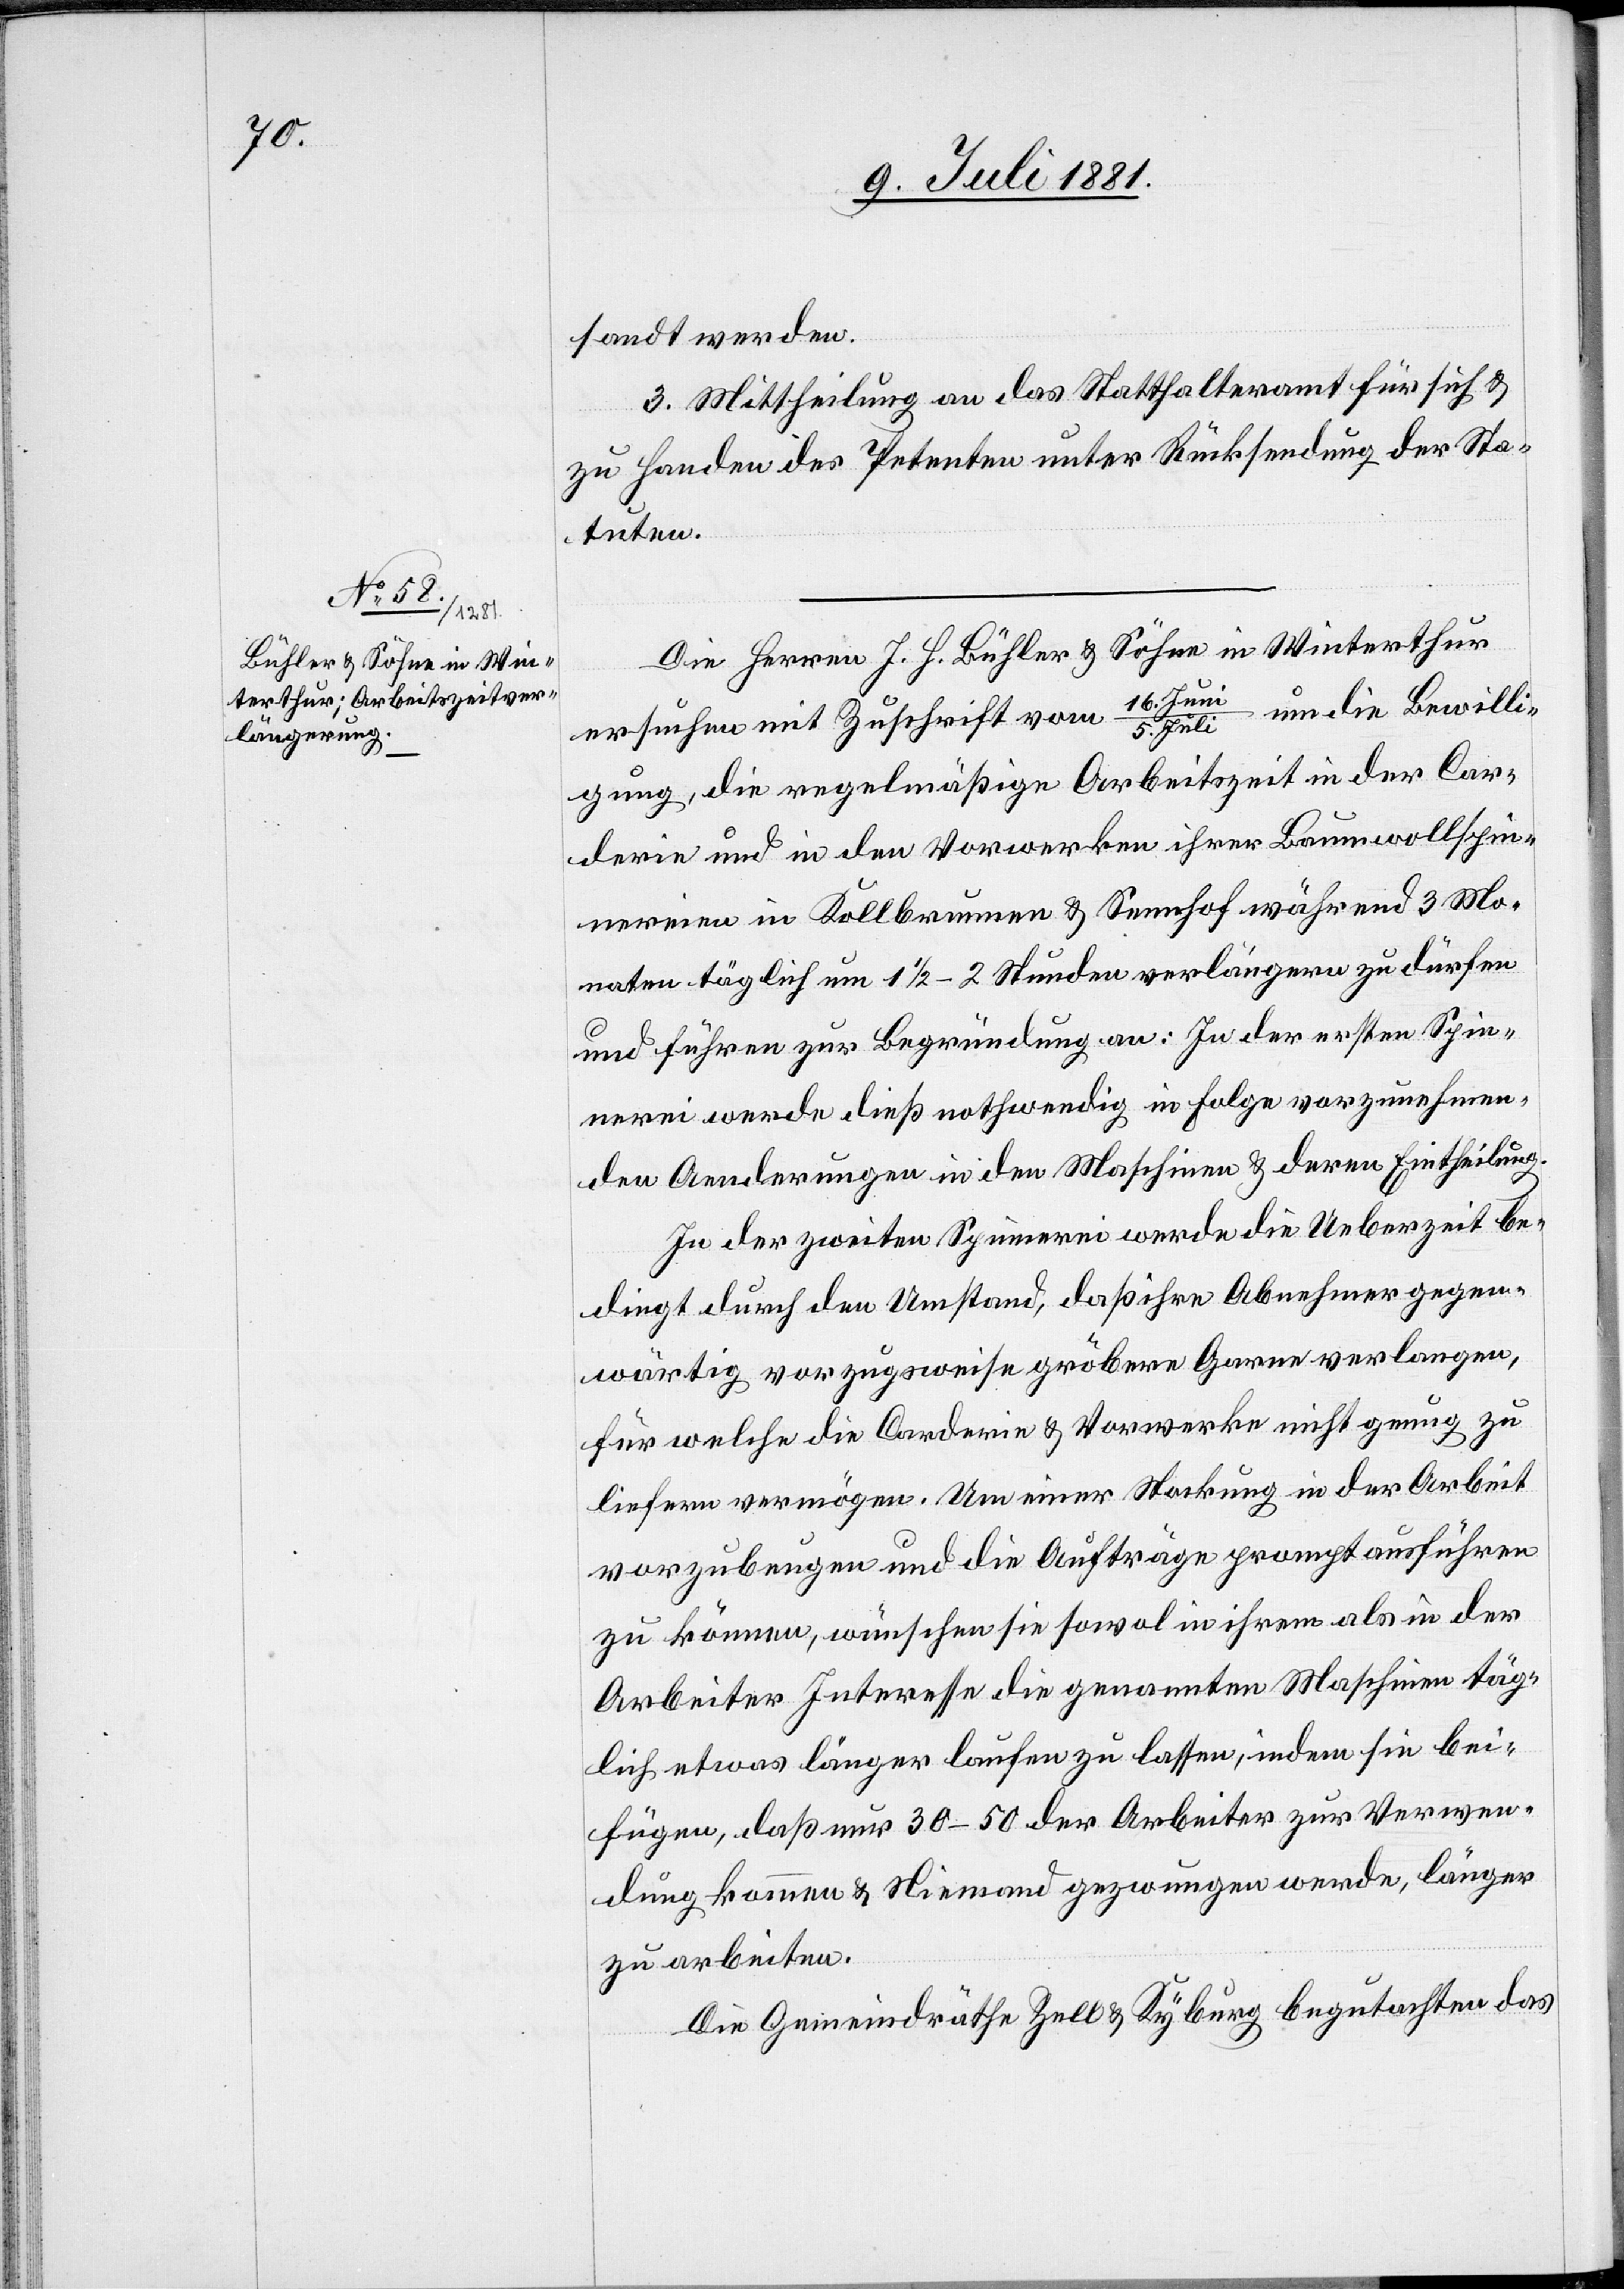
sandt werden.
3. Mittheilung an das Statthalteramt für sich &
zu Handen der Petenten unter Rücksendung der Sta¬
tuten.
Die Herren J. H. Bühler & Söhne in Winterthur
Jun¬
i/5. Juli um die Bewilli¬
ersuchen mit Zuschrift vom 16.
gung, die regelmäßige Arbeitszeit in der Car¬
derie und in den Vorwerken ihrer Baumwollspin¬
nereien in Kollbrunnen &Sennhof während 3 Mo¬
naten täglich um 1 1/2–2 Stunden verlängern zu dürfen
und führen zur Begründung an: In der ersten Spin¬
nerei werde dieß nothwendig in Folge vorzunehmen¬
den Aenderungen in den Maschinen & deren Eintheilung.
In der zweiten Spinnerei werde die Ueberzeit be¬
dingt durch den Umstand, daß ihre Abnehmer gegen¬
wärtig vorzugsweise gröbere Garne verlangen,
für welche die Carderie & Vorwerke nicht genug zu
liefern vermögen. Um einer Stockung in der Arbeit
Arbeiter Interesse die genannten Maschinen täg¬
lich etwas länger laufen zu lassen, indem sie bei¬
fügen, daß nur 30–50 der Arbeiter zur Verwen¬
dung kommen & Niemand gezwungen werde, länger
zu arbeiten.
Die Gemeindräthe Zell & Kyburg begutachten das